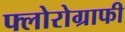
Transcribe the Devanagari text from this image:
फ्लोरोग्राफी